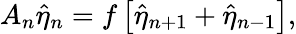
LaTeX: A_{n}\hat{\eta}_{n}=f\left[\hat{\eta}_{n+1}+\hat{\eta}_{n-1}\right],